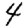
Digit: 4